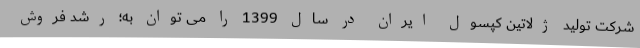
شرکت تولید ژلاتین کپسول ایران در سال 1399 را می توان به؛ رشد فروش